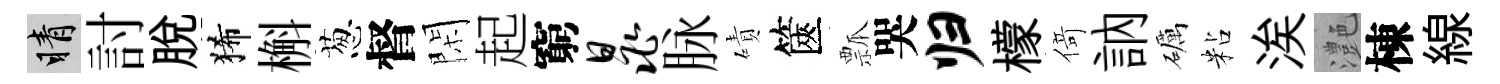
睛討脱狶槲葱督閑起窮晁脉磧篋瓢哭归檬𠋣訥礪粘涘灔棟線